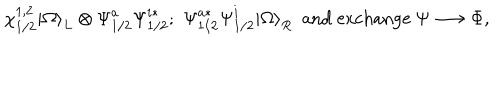
LaTeX: \chi _ { 1 / 2 } ^ { 1 , 2 } | \Omega { \rangle } _ { L } \otimes { \Psi } _ { 1 / 2 } ^ { a } { \Psi } _ { 1 / 2 } ^ { i * } ; \, \, { \Psi } _ { 1 / 2 } ^ { a * } { \Psi } _ { 1 / 2 } ^ { i } | \Omega { \rangle } _ { R } \ \ \mathrm { a n d ~ e x c h a n g e } \ \Psi \longrightarrow \Phi ,